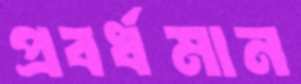
প্রবর্ধমান